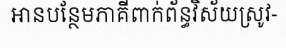
អានបន្ថែមភាគីពាក់ព័ន្ធវិស័យស្រូវ-